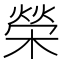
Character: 榮